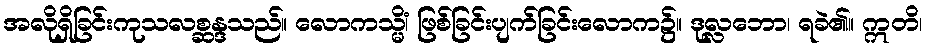
အလိုရှိခြင်းကုသလစ္ဆန္ဒသည်။ လောကသ္မိံ၊ ဖြစ်ခြင်းပျက်ခြင်းလောက၌။ ဒုလ္လဘော၊ ရခဲ၏။ ဣတိ၊